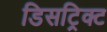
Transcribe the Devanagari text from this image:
डिसट्रिक्ट